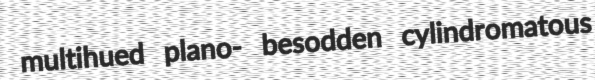
multihued plano- besodden cylindromatous